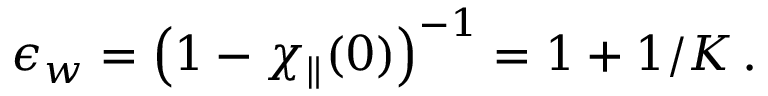
\epsilon _ { w } = \left( 1 - \chi _ { \parallel } ( 0 ) \right) ^ { - 1 } = 1 + 1 / K \, .